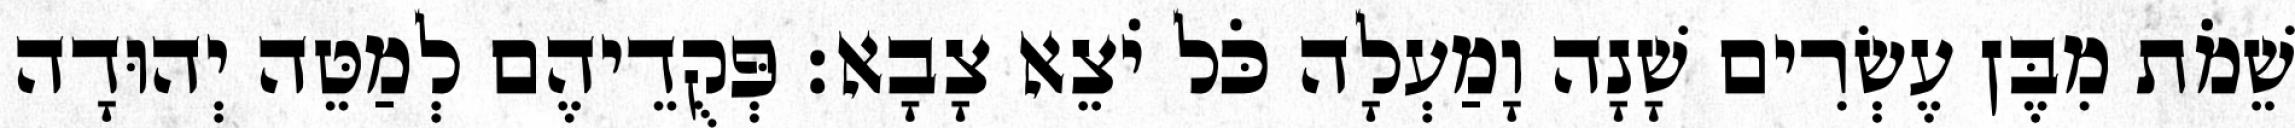
שֵׁמֹת מִבֶּן עֶשְׂרִים שָׁנָה וָמַעְלָה כֹּל יֹצֵא צָבָא׃ פְּקֻדֵיהֶם לְמַטֵּה יְהוּדָה